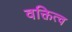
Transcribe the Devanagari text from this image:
वक्तित्व